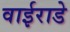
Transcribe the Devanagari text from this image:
वाईराडे